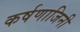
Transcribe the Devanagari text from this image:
कर्षणाजिनी